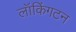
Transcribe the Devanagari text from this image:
लॉकिंगटन